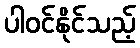
ပါဝင်နိုင်သည့်